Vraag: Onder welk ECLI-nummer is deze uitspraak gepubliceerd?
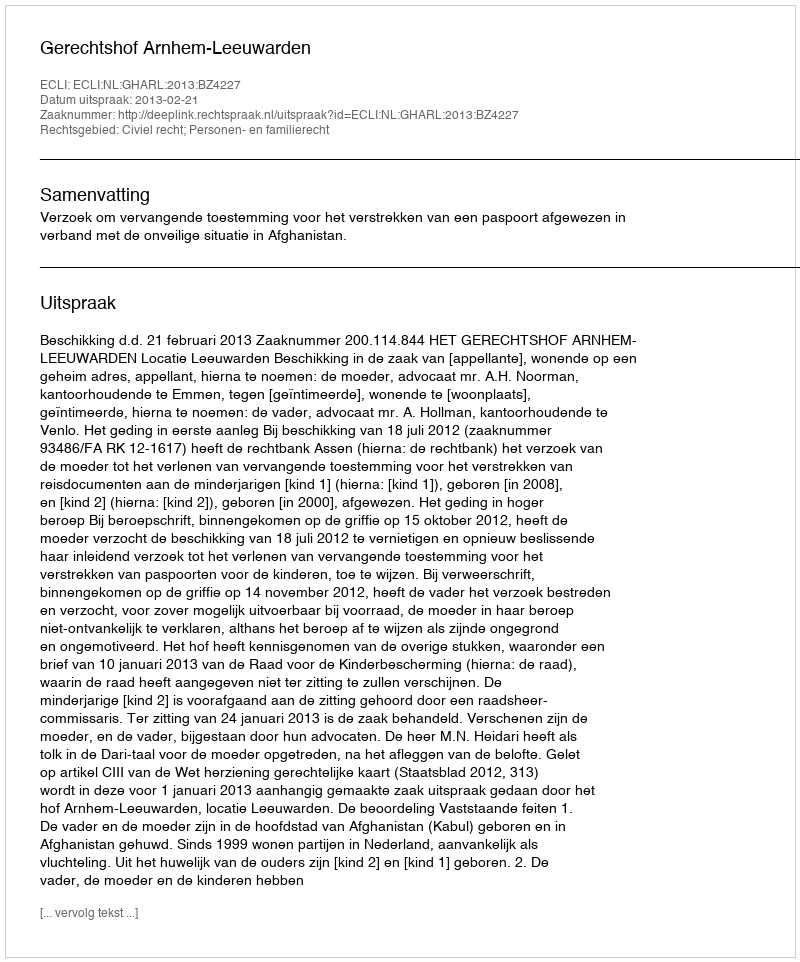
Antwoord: ECLI:NL:GHARL:2013:BZ4227